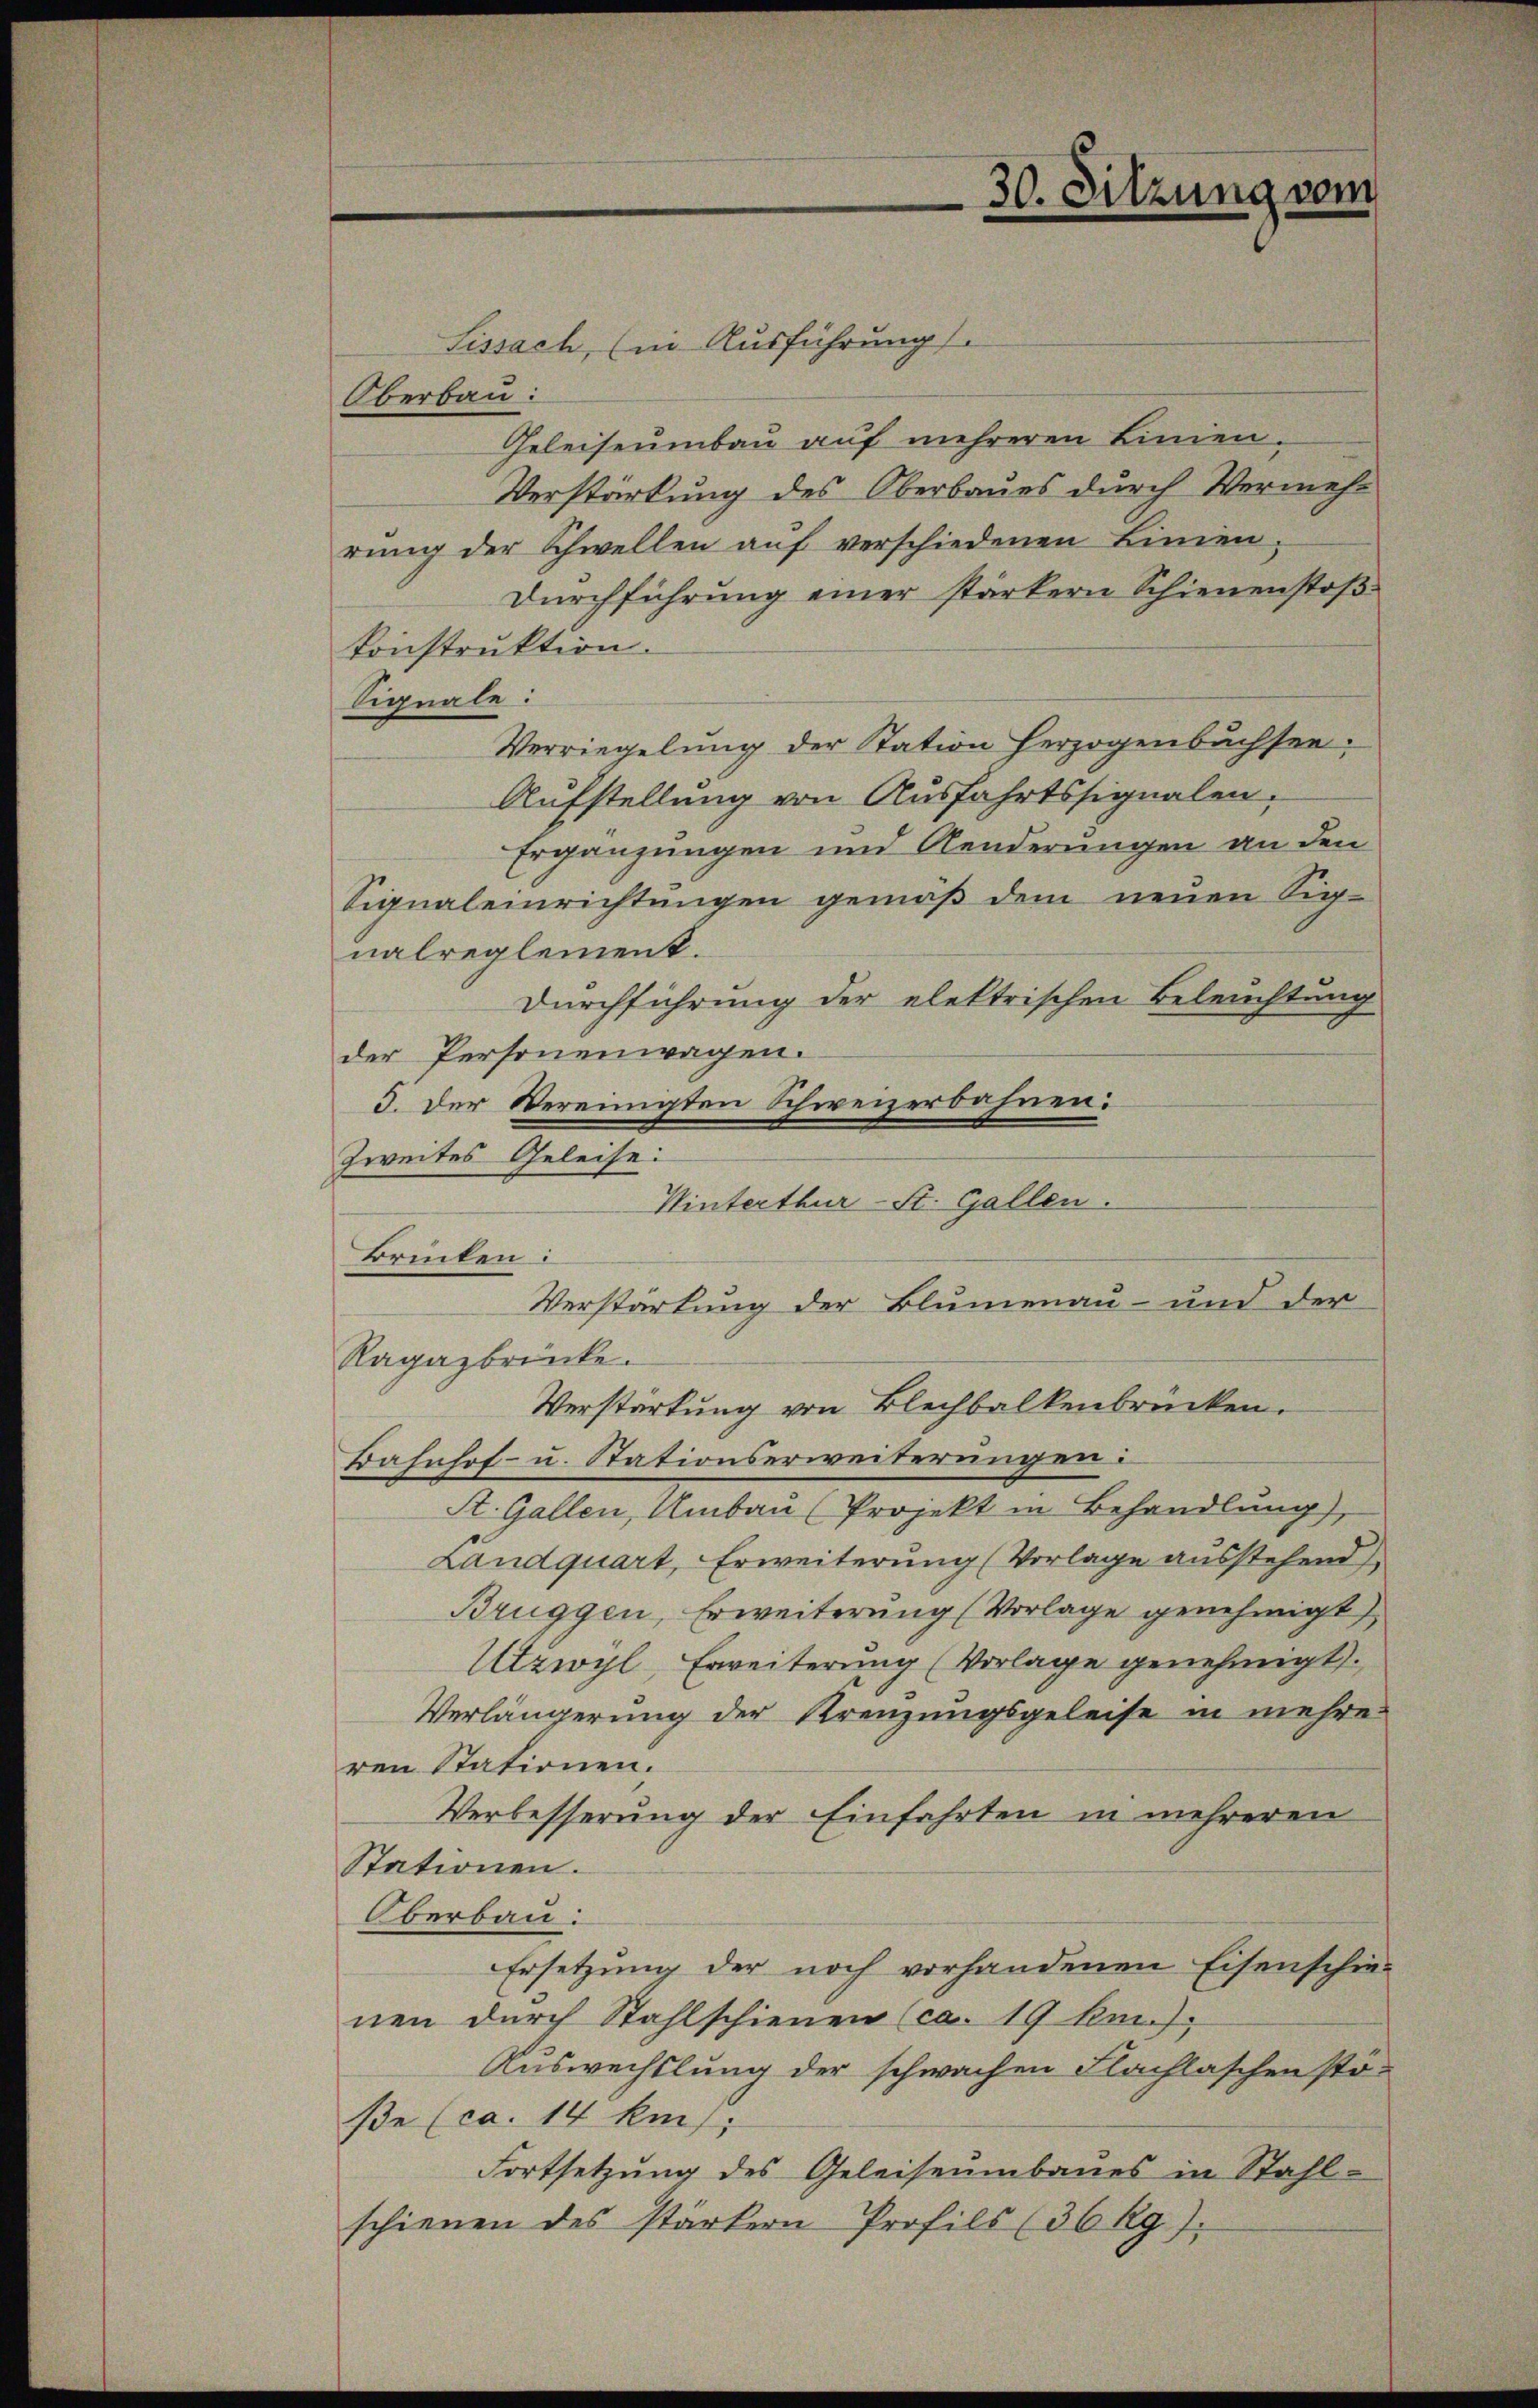
Sissach, (in Ausführung
Oberbau:
Geleiseumbau auf mehreren Linien-
Verstärkung des Oberbaues durch Vermehrung der Schwellen auf verschiedenen Linien,
Durchführung einer stärkern Schienenstoßkonstruktion.
Signale:
Verriegelung der Station herzogenbuchsee.
Aufstellung von Ausfahrtssignalen.
Ergänzungen und Aenderungen an den
Signaleinrichtungen gemäß dem neuen Signalreglement.
Durchführung der elektrischen Beleuchtung
der Personenwagen.
3. Der Vereinigten Schweizerbahnen:
Zweites Geleise:
Winterthur-St. Gallen.
Verstärkung der Blumenau- und der
Ragazbrücke.
Verstärkung von Blechbalkenbrücken.
Bahnhof- u. Stationserweiterungen:
St. Gallen, Umbau (Projekt in Behandlung),
Landquart, Erweiterung (Vorlage ausstehend
Brüggen, Erweiterung (Vorlage genehmigt
Utzwyl, Erweiterung (Vorlage genehmigt.
Verlängerung der Kreuzungsgeleise in mehre
ren Stationen.
Verbesserung der Einfahrten in mehreren
Stationen.
Oberbau:
Ersetzung der noch vorhandenen Eisenschie-
nen durch Stahlschienen (ca. 19 km.).
Auswechslung der schwachen Flachlaschen sto-
ße (ca. 14 km;
Fortsetzung des Geleiseumbaues in Stahl-
schienen des stärkern Profils (36 kg).

Brincken:

30. Sitzung vom